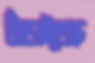
ভাঁড়াইতেছ